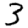
Digit: 3